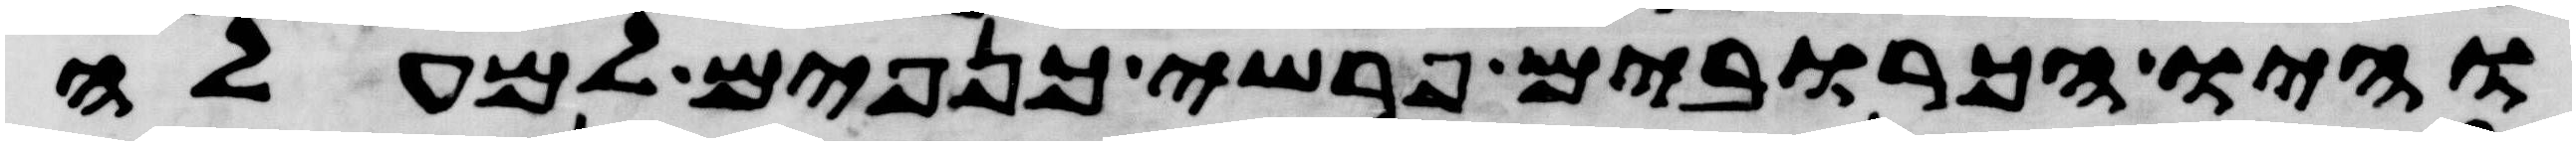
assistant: והיו הכרובים פרשי כנפים למעלה